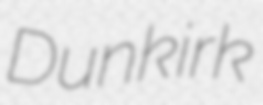
Dunkirk